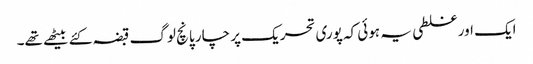
ایک اور غلطی یہ ہوئی کہ پوری تحریک پر چار پانچ لوگ قبضہ کئے بیٹھے تھے۔